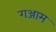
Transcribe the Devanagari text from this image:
गञ्जाम